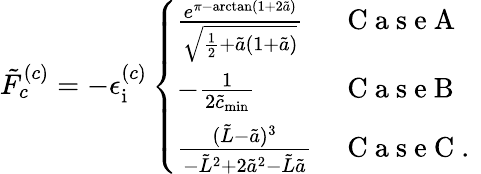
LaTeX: \tilde{F}_{c}^{(c)}=-\epsilon_{\mathrm{i}}^{(c)}\left\{ \begin{array}{ll}{\frac{e^{\pi-\arctan(1+2\tilde{a})}}{\sqrt{\frac{1}{2}+\tilde{a}(1+\tilde{a})}}}&{\mathrm{~C~a~s~e~A~}}\\ {-\frac{1}{2\tilde{c}_{\mathrm{min}}}}&{\mathrm{~C~a~s~e~B~}}\\ {\frac{(\tilde{L}-\tilde{a})^{3}}{-\tilde{L}^{2}+2\tilde{a}^{2}-\tilde{L}\tilde{a}}}&{\mathrm{~C~a~s~e~C~.~}}\end{array}\right.